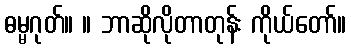
ဓမ္မဂုတ်။ ။ ဘာဆိုလိုတာတုန်း ကိုယ်တော်။